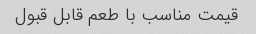
قیمت مناسب با طعم قابل قبول